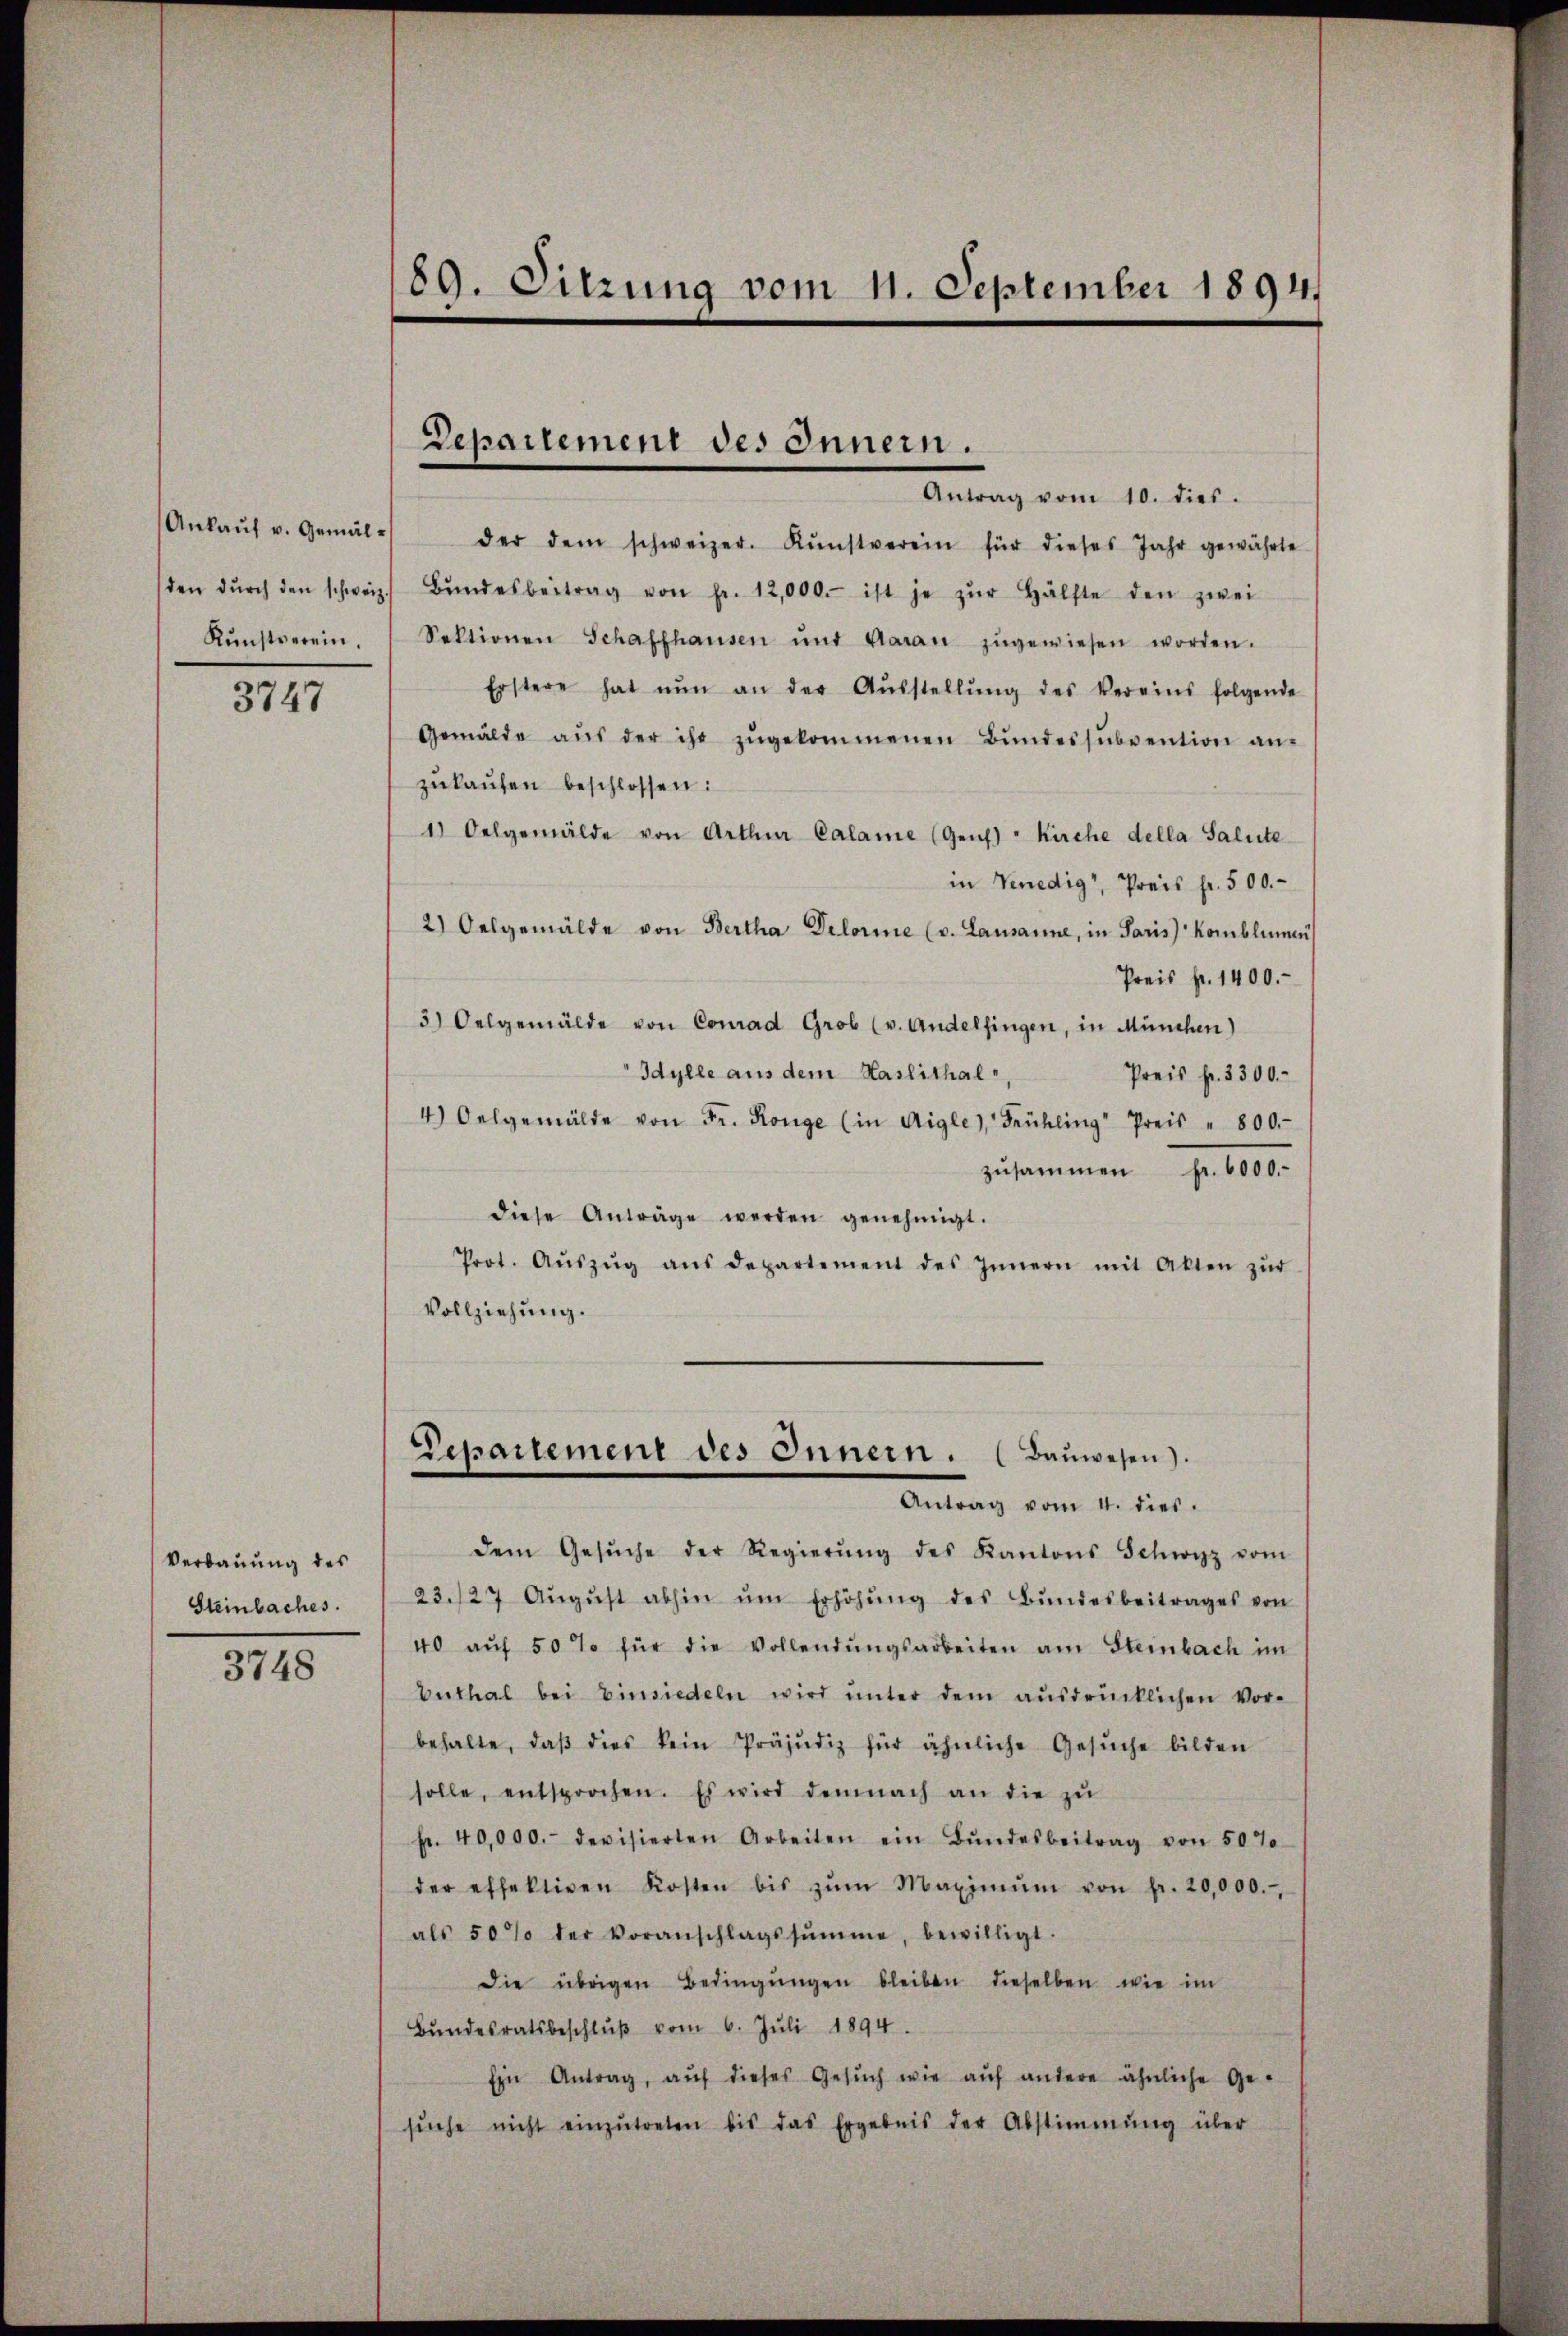
3747

Verbauung des
Steinbaches.

3748

89. Sitzung vom 11. September 1894.

Ankaŭf u. Gemälder dem schweizer. Kŭnstverein für dieses Jahr gewährte
den dŭrch den schweiz. Bŭndesbeitrag von Fr. 12,000.- ist je zŭr Hälfte den zwei
Kŭnstverein. Sektionen Schaffhausen und Garan zŭgewiesen worden.
Erstere hat nŭn an der Aŭsstellŭng des Vereins folgende
Gemälde aŭs der ihr zŭgekommenen Bŭndessŭbvention an-
zŭkaŭfen beschlossen:
1) Oelgemälde von Arthur Calame (Genf) " Kirche della Salite
in Venedig, Preis fr. 500.-
2) Oesgemälde von Bertha Delorie (v. Lausanne, in Paris komblinnen
Preis fr. 1400.-
3) Oelgemälde von Conrad Grob (v. Andelfingen, in München)
Idylle aus dem Haslithal,
Preis fr. 3300.
4) Oelgemälde von Fr. Könge (in Aigle, Frühling Preis " 800.
zŭsammen fr. 6000.
diese Anträge werden genehmigt.
Prot. Aŭszŭg aŭs departement des Innern mit Akten zŭr
Vollziehung.

Departement des Innern.
Antrag vom 10. dies.

Departement des Innern. (Baŭwesen).
Antrag vom 4. dies

dem Gesŭche der Regierŭng des Kantons Schwyz vom
23./27 Aŭgŭst abhin ŭm Erhöhŭng des Bŭndesbeitrages von
40 aŭf 50 % für die Vollendŭngsarbeiten am Steinbach im
buthal bei Einsiedeln wird ŭnter dem aŭsdrücklichen Vor-
behalte, daβ dies kein Präjudiz für ähnliche Gesŭche bilden
solle, entsprochen. Es wird demnach an die zŭ
fr. 40,000.- devisierten Arbeiten ein Bŭndesbeitrag von 50%
der effektiven Kosten bis zŭm Maximŭm von fr. 20,000.
als 50% der Voranschlagssumme, bewilligt.
Die übrigen Bedingŭngen bleiben dieselben wie im
Bŭndesratsbeschlŭβ vom 6. Juli 1894.
Ein Antrag, aŭf dieses Gesŭch wie aŭf andere ähnliche Ge-
sŭche nicht einzŭtreten bis das Ergebnis der Abstimmung über